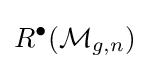
R^{\bullet }({\mathcal {M}}_{g,n})